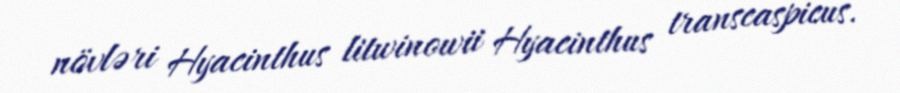
növləri Hyacinthus litwinowii Hyacinthus transcaspicus.